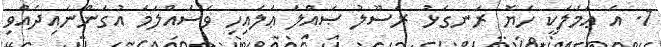
1. އެ ޢަމަލަކީ ހެޔޮ ރަނގަޅު ރަސޫލު ޞައްލަ ޢަލައިހި ވަސައްލަމަ އުގަންނައިދެއްވި